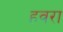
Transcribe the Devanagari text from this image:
हवरा